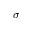
\sigma